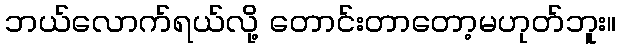
ဘယ်လောက်ရယ်လို့ တောင်းတာတော့မဟုတ်ဘူး။